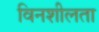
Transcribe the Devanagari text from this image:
विनशीलता